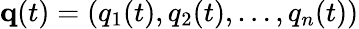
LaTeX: \mathbf{q}(t)=(q_{1}(t),q_{2}(t),\ldots,q_{n}(t))